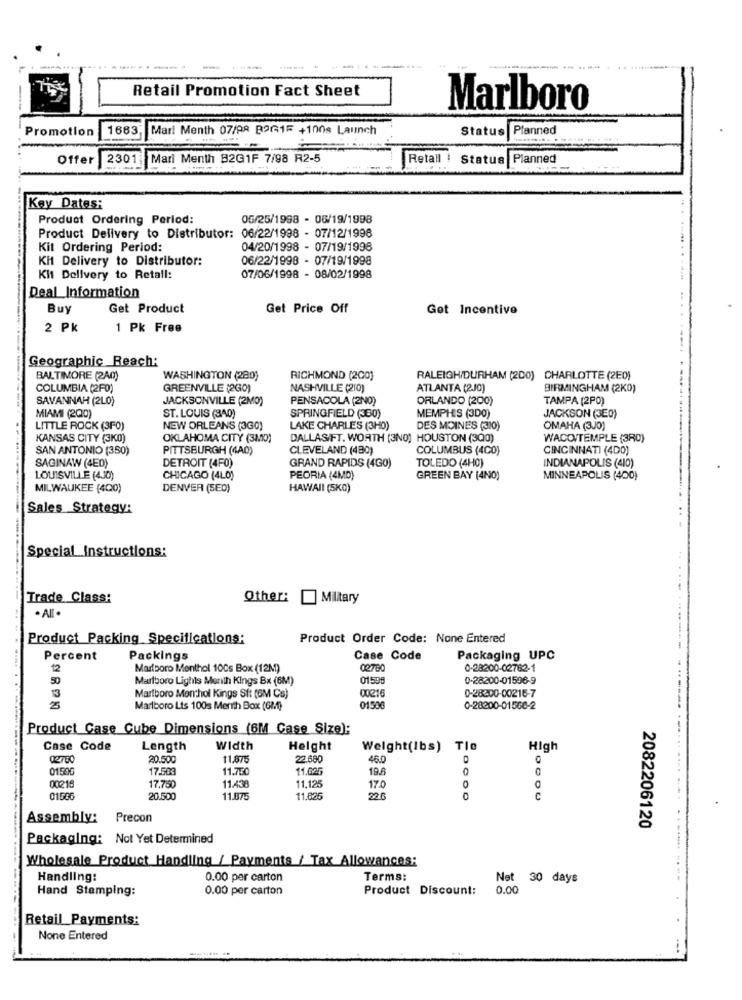
-
..
Retail Promotion Fact Sheet
Marlboro
Promotion
1683
Mari Menth 07/98 BOG1F +100s Launch
Status Planned
Offer
2301 Mari Menth B2G1F 7/98 R2-5
Retall !
Status
Planned
Key Dates:
Product Ordering Period:
05/25/1998 - 06/19/1998
Product Delivery to Distributor: 06/22/1998 - 07/12/1998
Kit Ordering Period:
04/20/1998 - 07/19/1998
Kit Delivery to Distributor:
06/22/1998 - 07/19/1998
Kit Delivery to Retail:
07/06/1998 - 08/02/1998
Deal Information
Buy
Get Product
Get Price Off
Get Incentivo
2 Pk
1 Pk Free
Geographic Reach:
BALTIMORE (2A0)
WASHINGTON (280)
RICHMOND (200)
RALEIGH/DURHAM (200) CHARLOTTE (2E0)
COLUMBIA (2F0)
GREENVILLE (2G0)
NASHVILLE (210)
ATLANTA (2J0)
BIRMINGHAM (2K0)
SAVANNAH (2LO)
JACKSONVILLE (2M0)
PENSACOLA (2N0)
ORLANDO (200)
TAMPA (2PO)
ST. LOUIS (3A0)
SPRINGFIELD (360)
MIAMI (200)
MEMPHIS (3D0)
JACKSON (3E0)
LITTLE ROCK (3F0)
NEW ORLEANS (3G0)
LAKE CHARLES (3H0)
DES MOINES (310)
OMAHA (300)
KANSAS CITY (3K0)
OKLAHOMA CITY (3M0)
DALLASIFT. WORTH (3NO) HOUSTON (300)
WACONTEMPLE (3R0)
SAN ANTONIO (350)
PITTSBURGH (4A0)
CLEVELAND (480)
COLUMBUS (4CO)
CINCINNATI (4D0)
SAGINAW (4E0)
DETROIT (4F0)
GRAND RAPIDS (4G0)
TOLEDO (4H0)
INDIANAPOLIS (410)
LOUISVILLE (4.30)
CHICAGO (4LO)
PEORIA (4MD)
GREEN BAY (4NO)
MINNEAPOLIS (400)
MILWAUKEE (400)
DENVER (5ED)
HAWAII (5KO)
Sales Strategy:
Special Instructions:
Trade Class:
Other:
Military
. All
Product Packing Specifications:
Product Order Code: None Entered
Percent
Packings
Case Code
Packaging UPC
12
Marlboro Menthol 100s Box (12M)
0-28200-02762-1
50
Martboro Lights Merith Kings Bx (6M)
01506
0-28200-01596-9
00216
0-28300-00216-7
13
Marlboro Monthol Kings Sft (6M Cs)
Marlboro Lts 100s Merih Box (GM)
0150G
0-28200-01566-2
Product Case Cube Dimensions (6M Case Size):
Case Code
Length
Width
Height
Weight(Ibs)
Tie
High
02780
20.500
11.875
22.680
46.0
01500
17.503
11.750
11.025
19.8
00215
11.43:
11.125
17.750
17.0
0
01586
20.500
11.075
11.625
22.6
C
Assembly: Precon
2082206120
Packaging: Not Yet Determined
Wholesale Product Handling / Payments / Tax Allowances:
Handling:
0.00 per carton
Terms:
Net
30 days
Hand Stamping:
0.00 per carton
Product Discount:
0.00
Retail Payments:
None Entered